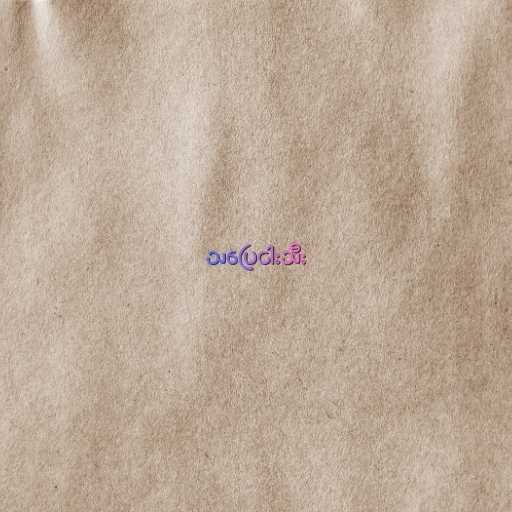
သပြေငါးသီး